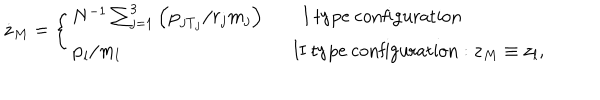
LaTeX: \dot { \bf z } _ { M } = \left\{ \begin{array} { l l } { { N ^ { - 1 } \sum _ { j = 1 } ^ { 3 } \left( { \bf p } _ { j \mathrm { T } _ { j } } / r _ { j } m _ { j } \right) \qquad \mathrm { I ~ t y p e ~ c o n f i g u r a t i o n } } } & { { } } \\ { { { \bf p } _ { l } / m _ { l } \qquad \qquad \qquad \qquad \quad \mathrm { ~ I I ~ t y p e ~ c o n f i g u r a t i o n } : { \bf z } _ { M } \equiv { \bf z } _ { l } , } } \\ \end{array} \right.